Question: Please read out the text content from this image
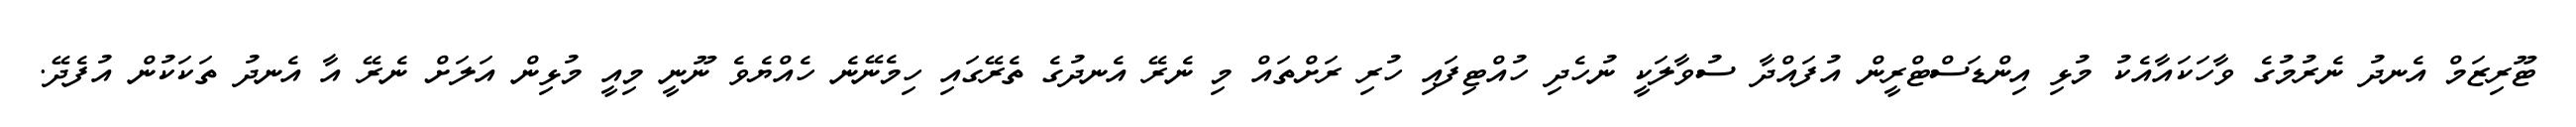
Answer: ޓޫރިޒަމް އެނދު ނެރުމުގެ ވާހަކައާއެކު މުޅި އިންޑަސްޓްރީން އުފައްދާ ސުވާލަކީ ނުހެދި ހުއްޓިފައި ހުރި ރަށްތައް މި ނެރޭ އެނދުގެ ތެރޭގައި ހިމެނޭނެ ހެއްޔެވެ ނޫނީ މިއީ މުޅިން އަލަށް ނެރޭ އާ އެނދު ތަކަކުން އުފެދޭ.